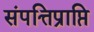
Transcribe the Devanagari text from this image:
संपत्तिप्राप्ति